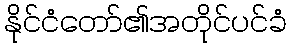
နိုင်ငံတော်၏အတိုင်ပင်ခံ